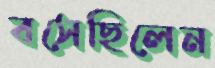
বসেছিলেন